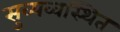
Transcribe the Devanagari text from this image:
सुव्यव्वस्थित